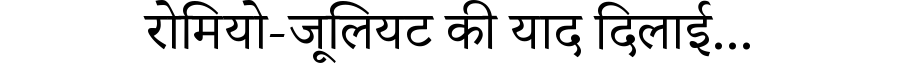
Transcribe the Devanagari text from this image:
रोमियो-जूलियट की याद दिलाई...